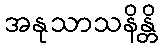
အနုသာသနိန္တိ